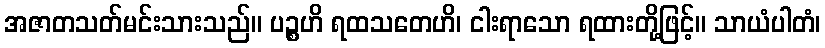
အဇာတသတ်မင်းသားသည်။ ပဉ္စဟိ ရထသတေဟိ၊ ငါးရာသော ရထားတို့ဖြင့်။ သာယံပါတံ၊